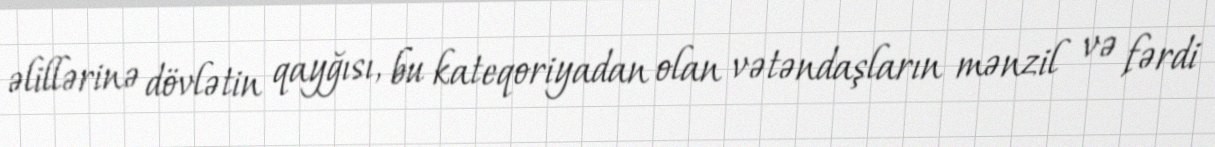
əlillərinə dövlətin qayğısı, bu kateqoriyadan olan vətəndaşların mənzil və fərdi